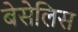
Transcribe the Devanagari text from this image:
बेसेलिस